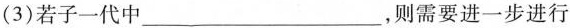
(3)若子一代中___，则需要进一步进行